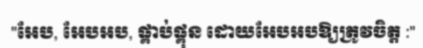
"អែប, អែបអប, ផ្គាប់ផ្គុន ដោយអែបអបឱ្យត្រូវចិត្ត :"